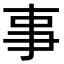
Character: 事